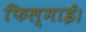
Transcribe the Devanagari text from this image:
फिल्माई।